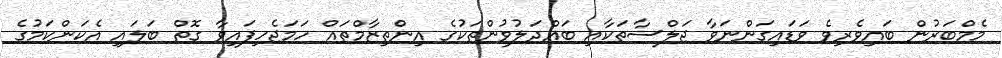
މެމްބަރުން ބައިވެރިވެ ވަޑައިގަންނަވާ ޖަލްސާތަކާއި ބައްދަލުވުންތަކުގެ އިންތިޒާމްތައް ހަމަޖެހިފައިވާ ގޮތް ބަލައި އެކަންކަމުގެ